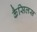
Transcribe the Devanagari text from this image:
कैसिलस